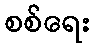
စစ်ရေး